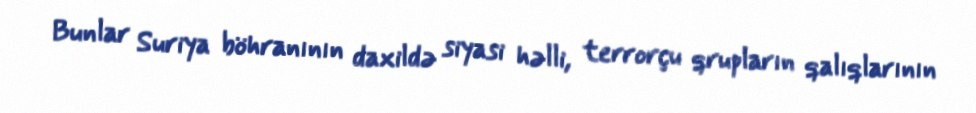
Bunlar Suriya böhranının daxildə siyasi həlli, terrorçu qrupların qalıqlarının